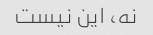
نه، این نیست